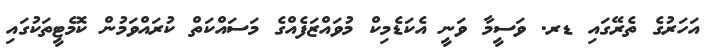
އަހަރުގެ ތެރޭގައި ޑރ. ވަސީމާ ވަނީ އެކަޑެމިކް މުވައްޒަފެއްގެ މަސައްކަތް ކުރައްވަމުން ކޮމެޓީތަކުގައި